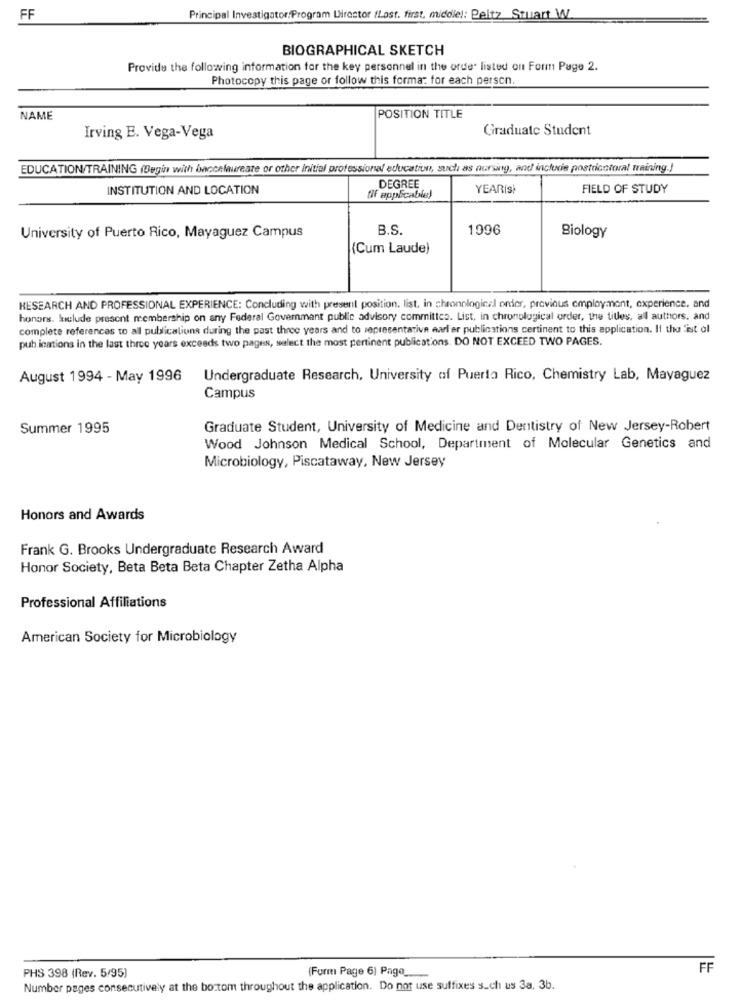
FF
Principal Investigator:Program Director /Lost. first, middle): Peltz Stuart W
BIOGRAPHICAL SKETCH
Provide the following information for the key personnel in the orde listed on Form Page 2.
Photocopy this page or follow this format for each person.
NAME
POSITION TITLE
Graduate Student
Irving E. Vega-Vega
EDUCATION/TRAINING (Begin with baccalaureate or other initial professional education, such as nursing, and include postricotoral training.)
DEGREE
INSTITUTION AND LOCATION
YEARİSİ
FIELD OF STUDY
(if applicable)
B.S.
1996
University of Puerto Rico, Mayaguez Campus
Biology
(Cum Laude)
RESEARCH AND PROFESSIONAL EXPERIENCE: Concluding with present position. list, in chronological order, previous employment, experience, and
honors. luelude present membership on any Federal Government public advisory committee. List, in chronological order, the titles, all authors. and
complete references to all publications during the past three years and to representative earl er publications certinent to this application. Il thu ist ol
puh ications in the last three years exceeds two pages, select the most pertinent publications. DO NOT EXCEED TWO PAGES.
August 1994 - May 1996
Undergraduate Research, University of Puerto Rico, Chemistry Lab, Mayaguez
Campus
Summer 1995
Graduate Student, University of Medicine and Dentistry of New Jersey-Robert
Wood Johnson Medical School, Department of Molecular Genetics and
Microbiology, Piscataway, New Jersey
Honors and Awards
Frank G. Brooks Undergraduate Research Award
Honor Society, Beta Beta Beta Chapter Zetha Alpha
Professional Affiliations
American Society for Microbiology
FF
PHS 398 (Rev. 5/95)
(Furm Page 6) Page __
Number pages consecutively at the bottom throughout the application. Do not use suffixes such us 3a, 3b.